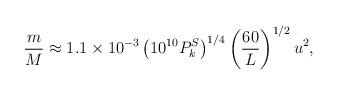
LaTeX: \begin{align*}{m\over M}\approx 1.1\times 10^{-3}\left(10^{10}P_k^S\right)^{1/4}\left({60\over L}\right)^{1/2}u^2,\end{align*}